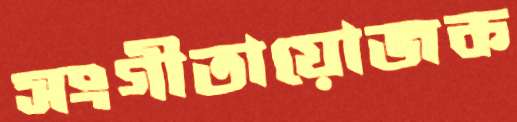
সংগীতায়োজক